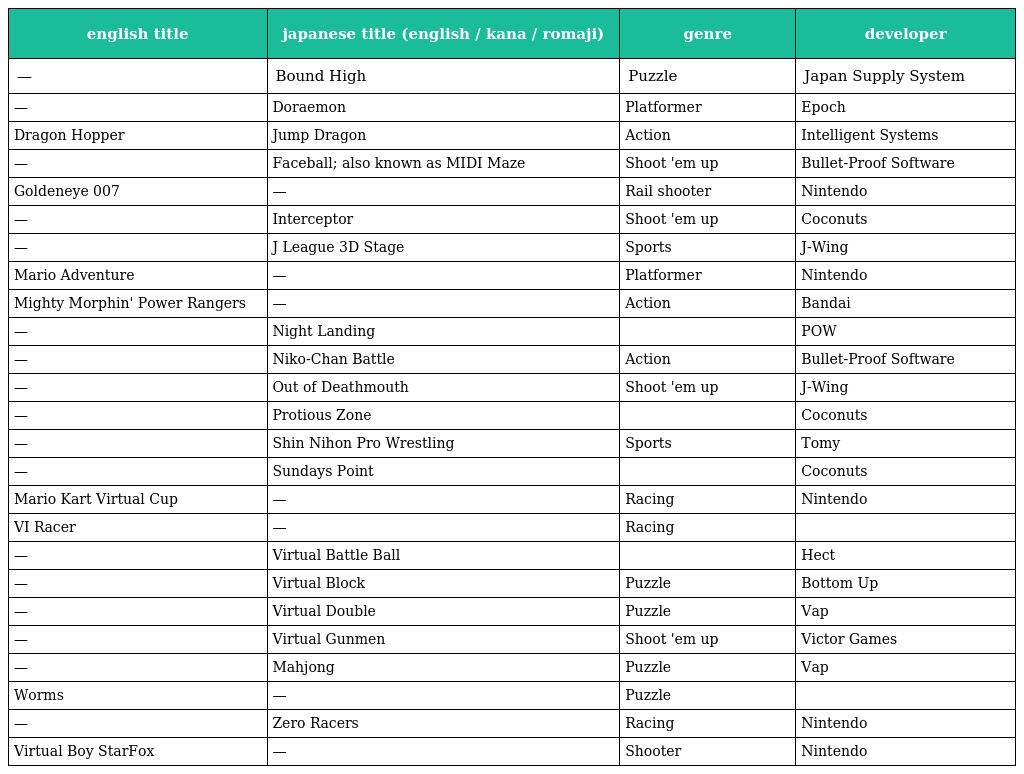
| english title | japanese title (english / kana / romaji) | genre | developer |
 | --- | --- | --- | --- |
 | — | Bound High | Puzzle | Japan Supply System |
 | — | Doraemon | Platformer | Epoch |
 | Dragon Hopper | Jump Dragon | Action | Intelligent Systems |
 | — | Faceball; also known as MIDI Maze | Shoot 'em up | Bullet-Proof Software |
 | Goldeneye 007 | — | Rail shooter | Nintendo |
 | — | Interceptor | Shoot 'em up | Coconuts |
 | — | J League 3D Stage | Sports | J-Wing |
 | Mario Adventure | — | Platformer | Nintendo |
 | Mighty Morphin' Power Rangers | — | Action | Bandai |
 | — | Night Landing |  | POW |
 | — | Niko-Chan Battle | Action | Bullet-Proof Software |
 | — | Out of Deathmouth | Shoot 'em up | J-Wing |
 | — | Protious Zone |  | Coconuts |
 | — | Shin Nihon Pro Wrestling | Sports | Tomy |
 | — | Sundays Point |  | Coconuts |
 | Mario Kart Virtual Cup | — | Racing | Nintendo |
 | VI Racer | — | Racing |  |
 | — | Virtual Battle Ball |  | Hect |
 | — | Virtual Block | Puzzle | Bottom Up |
 | — | Virtual Double | Puzzle | Vap |
 | — | Virtual Gunmen | Shoot 'em up | Victor Games |
 | — | Mahjong | Puzzle | Vap |
 | Worms | — | Puzzle |  |
 | — | Zero Racers | Racing | Nintendo |
 | Virtual Boy StarFox | — | Shooter | Nintendo |